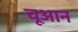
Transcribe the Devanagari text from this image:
चूआन